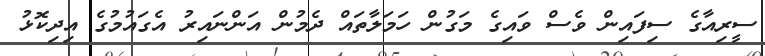
ސީރިއާގެ ސިފައިން ވެސް ވައިގެ މަގުން ހަމަލާތައް ދެމުން އަންނައިރު އެގައުމުގެ އިދިކޮޅު